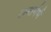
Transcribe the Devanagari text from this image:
अन्तर्गर्भ